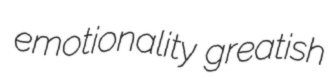
emotionality greatish